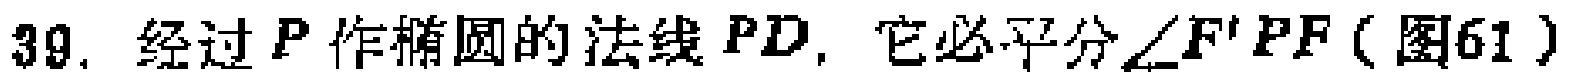
39. 经过 \(P\) 作椭圆的法线 \(PD\)，它必平分\(\angle F'PF\)（图61）